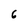
Character: 6